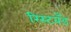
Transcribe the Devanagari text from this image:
रिस्टबँड